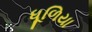
ધૂળિયા